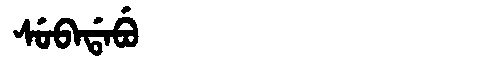
Manchu: ᠰᡠᠪᠠᡩᠠᠪᡠ
Romanization: SUBADABU